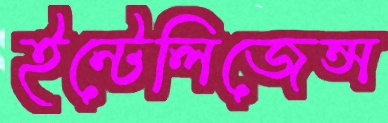
ইন্টেলিজেন্স